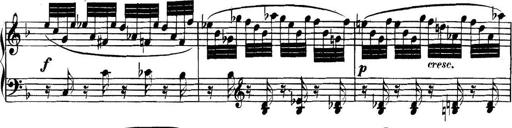
Title: Collected Piano Sonatas
Composer: Muzio Clementi